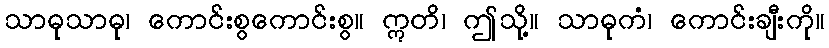
သာဓုသာဓု၊ ကောင်းစွကောင်းစွ။ ဣတိ၊ ဤသို့။ သာဓုကံ၊ ကောင်းချီးကို။